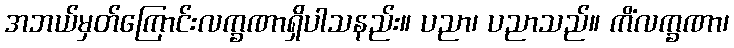
အဘယ်မှတ်ကြောင်းလက္ခဏာရှိပါသနည်း။ ပညာ၊ ပညာသည်။ ကိံလက္ခဏာ၊